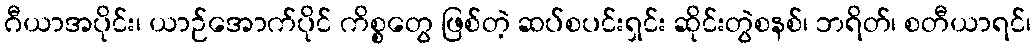
ဂီယာအပိုင်း၊ ယာဉ်အောက်ပိုင် ကိစ္စတွေ ဖြစ်တဲ့ ဆပ်စပင်းရှင်း ဆိုင်းတွဲစနစ်၊ ဘရိတ်၊ စတီယာရင်၊